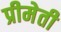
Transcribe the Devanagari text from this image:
प्रीमेती